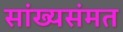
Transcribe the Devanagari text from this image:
सांख्यसंमत